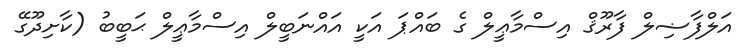
އަލްފާޟިލް ފާރޫޤް އިސްމާޢީލް ގެ ބައްޕަ އަކީ އައްނަބީލް އިސްމާޢީލް ޙަބީބު (ކާށިދޫގޭ